Rapla_vallavalitsus, lk 32
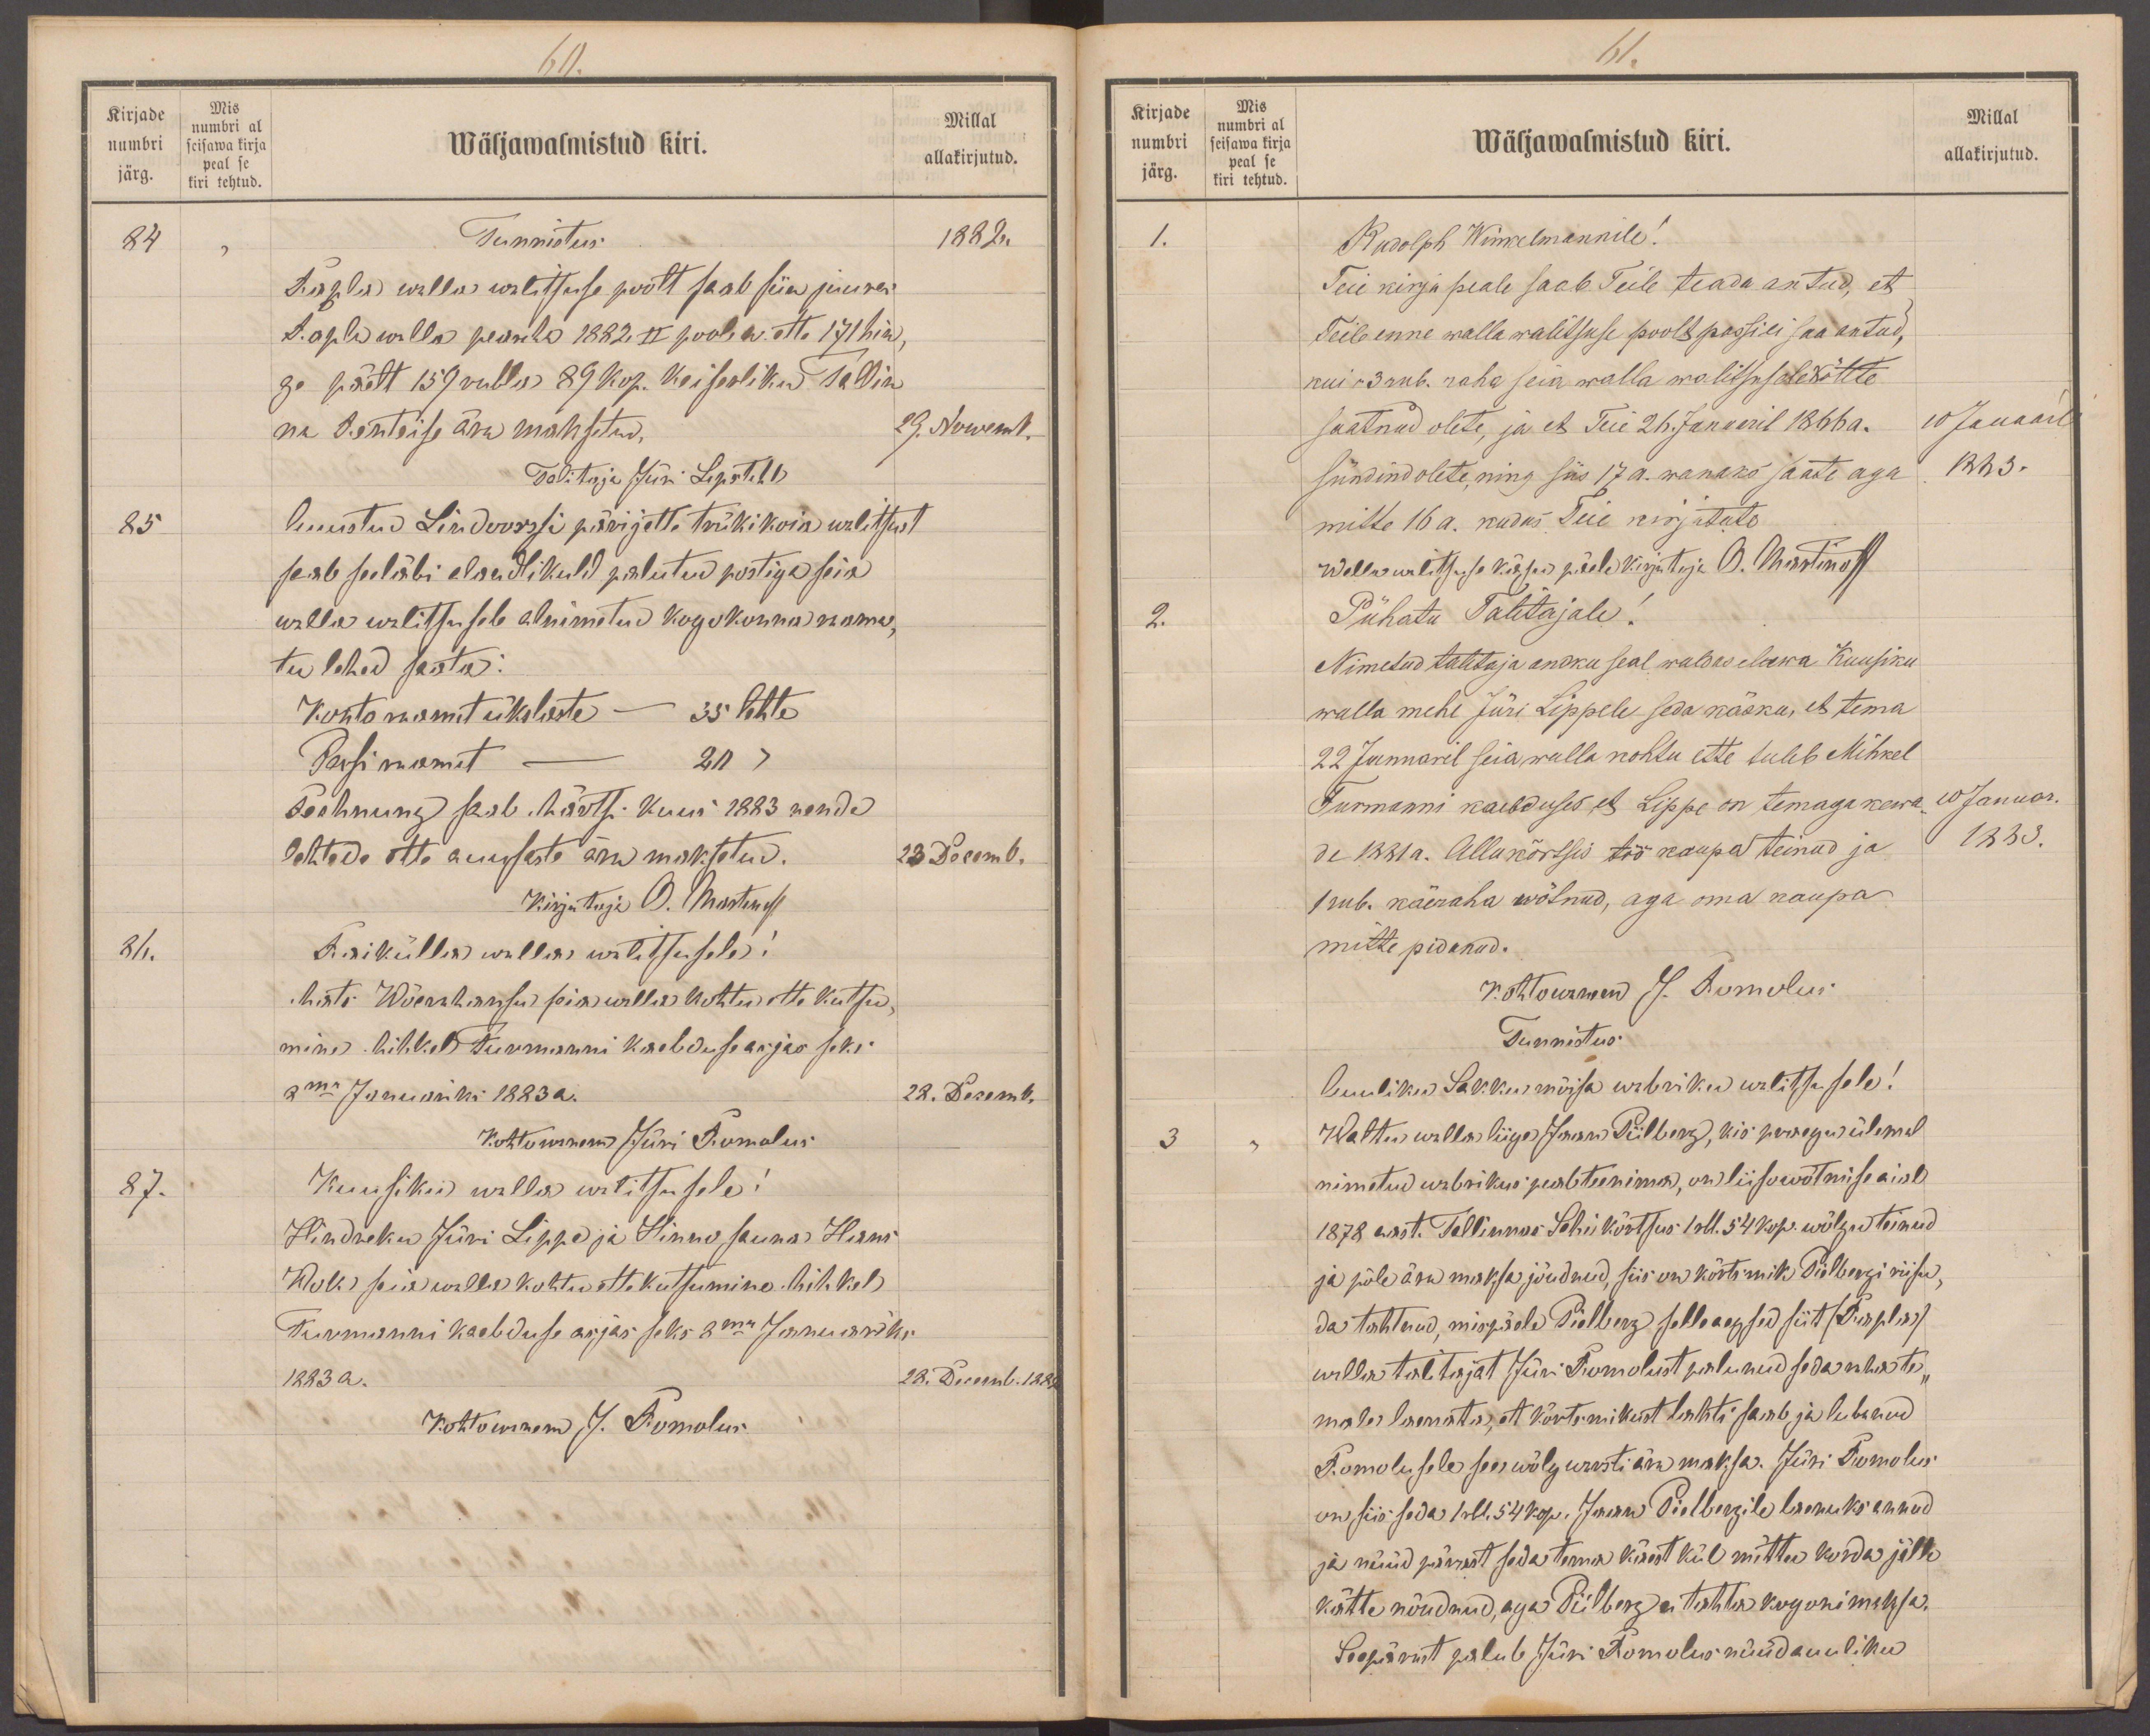
60.
Kirjade
Mis
numbri
numbri al
seisawa kirja
Wäljawalmistud kiri.
Millal
allakirjutud.
peal se
järg.
kiri tehtud.
84
Tunnistus
1882.
Rapla walla walitsuse poolt saab siin juures
Rapla walla pearaha 1882. II poole a. ette 171 hin,
ge päelt 159 rubla 89 kop. Keiserliku Tallin
na Renteise ära maksetud.
29. Nowemb.
Talitaja Jüri Lipstahl
85
Auustud Lindoorssi p. pärijatte trüki koia walitsust
saab seeläbi alandlikult palutud postiga seia
walla walitsusele alnimetud kogukonna raama,
tublehed saata:
Konto raamat üks laste - 35 lehte
Passiraamat - 20 "
Rehnung saab Märtsi kuni 1883 nende
lehtede ette auusaste ära maksetud.
23 Decemb.
Kirjutaja O. Martinoff.
86.
Raikülla walla walitsusele:
Mats Wõerahansu seia walla kohtu ette kutsu-
mine Mihkel Turmanni kaebduse asjas seks
8ma Januariks 1883 a.
28. Decemb.
Kohtuwanem Jüri Romolus
87.
Kuusiku walla walitsusele:
Hindreku Jüri Lippe ja Hinno sauna Hans
Wok seia walla kohtu ette kutsumine Mihkel
Turmanni kaebduse asjas seks 8ma Jaanuariks
1883 a.
28. Decemb. 1882.
Kohtuwanem J. Romolus

61.
Kirjade
Mis
Millal
numbri
seisawa kirja
peal se
Wäljawalmistud kiri.
numbri al
allakirjutud.
järg.
kiri tehtud.
1.
Rudolph Winkelmannile!
Teie kirja peale saab Teile teada antud, et
Teile enne walla walitsuse poolt passi ei saa antud,
kui 3 rub. raha seia walla walitsusele kätte
saatnud olete, ja et Teie 26. Januaril 1866 a.
10 Januar
sündind olete ning siis 17 a. wanaks saate aga
1883.
mitte 16 a. kudas Teie kirjutate
Wallawalitsuse käsu päele kirjutaja O. Martinoff
2.
Pühatu Talitajale!
Nimetatud talitaja andku seal waldas elawa Kuusiku
walla mehe Jüri Lippele seda käsku, et tema
22 Januaril seia walla kohtu ette tuleb Mihkel
Furmanni kaebduses, et Lippe on temaga kewa
10 Januar.
de 1881a. Allu kõrtsis töö kaupa teinud ja
1883.
1 rub. käeraha wõtnud, aga oma kaupa
mitte pidanud.
Kohtowanem J. Romolus
Tunnistus
Auuliku Sakku mõisa wabriku walitsusele!
Waltu walla liige Jaan Piilberg, kis praegu ülemal
3
nimetud wabrikus peab teenima, on liisu wõtmise aial
1878 aast. Tallinnas Sohi kõrtsus 1 rbl. 54 kop. wõlgu teinud
ja põle ära maksa jõudnud, siis on kõrtsmik Piilbergi riisu,
da tahtnud, mispäele Piillberg selle aegsed siit (Rapla).
walla talitajat Jüri Romolust palunud seda raha te,
male laenata, et kõrtsmikust lahti saab ja lubanud
Romolusele see wõlg warsti ära maksa. Jüri Romolus
on siis seda 1 rbl. 54 kop. Jaan Pielbergile laenuks annud
ja nüüd pärast seda tema käest kül mittu korda jälle
kätte nõudnud, aga Piiberg ei tahha kogoni maksa.
Seepärast palub Jüri Rormolus nüüd auuliku